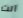
انت